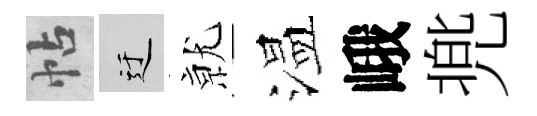
帖迂𭕒温峨兠